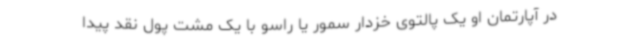
در آپارتمان او یک پالتوی خزدار سمور یا راسو با یک مشت پول نقد پیدا